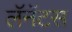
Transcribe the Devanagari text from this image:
लॅनॅटस